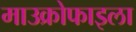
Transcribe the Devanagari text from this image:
माउक्रोफाइला